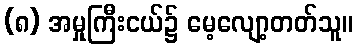
(၈) အမှုကြီးငယ်၌ မေ့လျော့တတ်သူ။